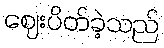
ဈေးပိတ်ခဲ့သည်